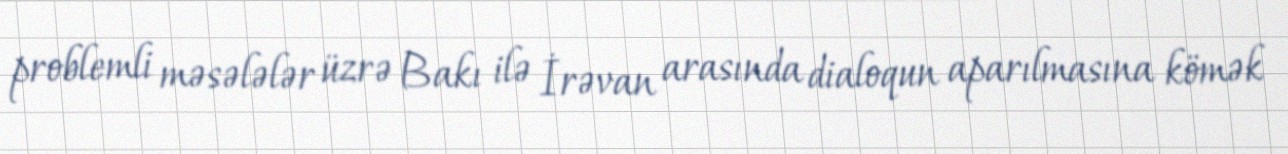
problemli məsələlər üzrə Bakı ilə İrəvan arasında dialoqun aparılmasına kömək